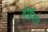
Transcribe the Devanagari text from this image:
वेर्हिदन